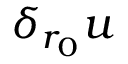
\delta _ { r _ { 0 } } u